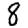
Digit: 8